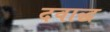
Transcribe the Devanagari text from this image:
दवाद्ध